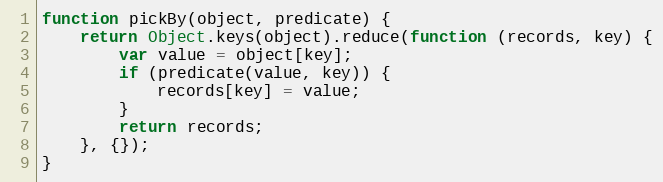
Language: JavaScript
function pickBy(object, predicate) {
    return Object.keys(object).reduce(function (records, key) {
        var value = object[key];
        if (predicate(value, key)) {
            records[key] = value;
        }
        return records;
    }, {});
}